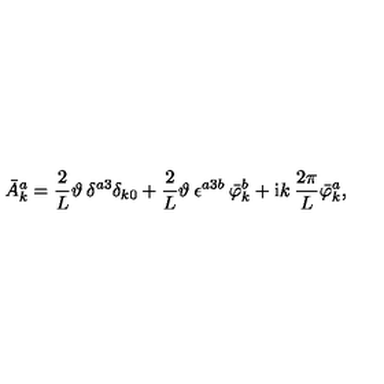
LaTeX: \bar { A } _ { k } ^ { a } = \frac { 2 } { L } \vartheta \: \delta ^ { a 3 } \delta _ { k 0 } + \frac { 2 } { L } \vartheta \: \epsilon ^ { a 3 b } \: \bar { \varphi } _ { k } ^ { b } + \mathrm { i } k \: \frac { 2 \pi } { L } \bar { \varphi } _ { k } ^ { a } ,